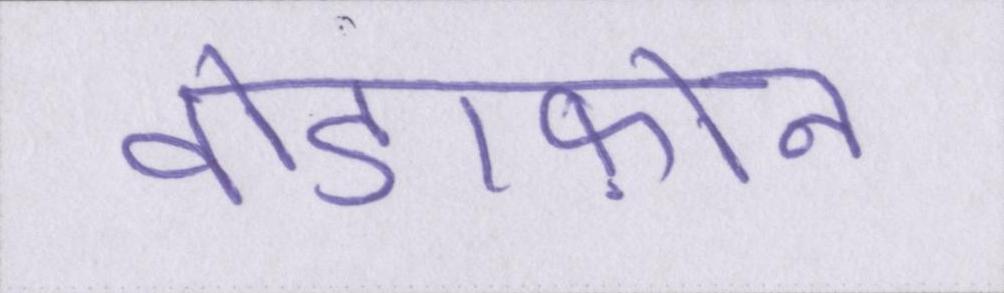
वोडाफ़ोन